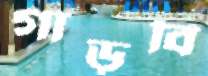
গাড়বি